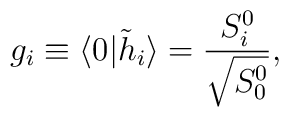
g_{i}\equiv \langle 0\vert{\tilde h}_i\rangle={S^{0}_{i}\over{\sqrt{S^{0}_{0}}}},